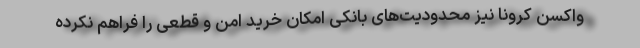
واکسن کرونا نیز محدودیت‌های بانکی امکان خرید امن و قطعی را فراهم نکرده